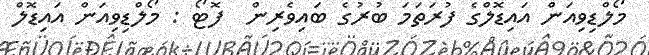
މޯލްޑިވިއަން އައިޑޮލްގެ ފުރަތަމަ ބުރުގެ ބައިވެރިން  ފޮޓޯ : މޯލްޑިވިއަން އައިޑޮލް